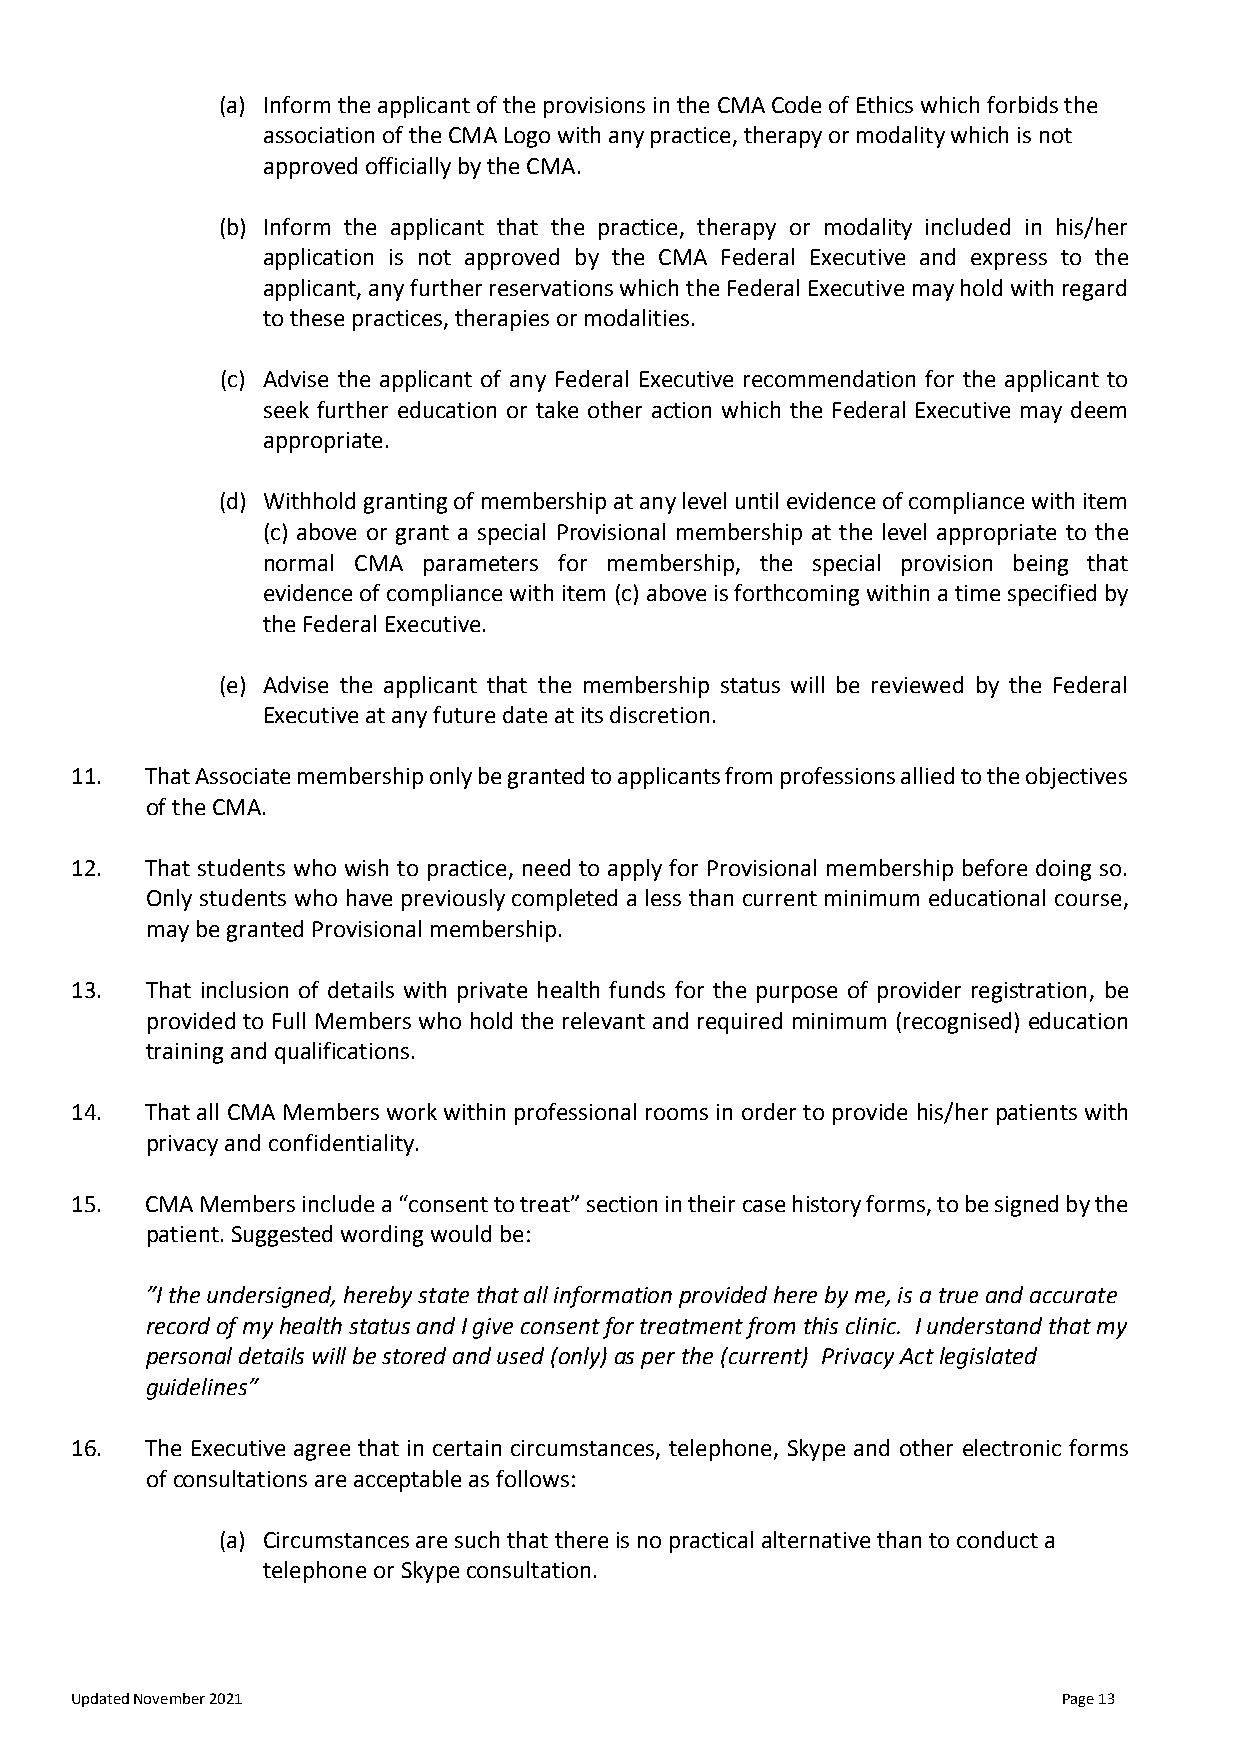
(a) Inform the applicant of the provisions in the CMA Code of Ethics which forbids the
 association of the CMA Logo with any practice, therapy or modality which is not
 approved officially by the CMA.
 (b) Inform the applicant that the practice, therapy or modality included in his/her
 application is not approved by the CMA Federal Executive and express to the
 applicant, any further reservations which the Federal Executive may hold with regard
 to these practices, therapies or modalities.
 (c) Advise the applicant of any Federal Executive recommendation for the applicant to
 seek further education or take other action which the Federal Executive may deem
 appropriate.
 (d) Withhold granting of membership at any level until evidence of compliance with item
 (c) above or grant a special Provisional membership at the level appropriate to the
 normal CMA parameters for membership, the special provision being that
 evidence of compliance with item (c) above is forthcoming within a time specified by
 the Federal Executive.
 (e) Advise the applicant that the membership status will be reviewed by the Federal
 Executive at any future date at its discretion.
 11.  That Associate membership only be granted to applicants from professions allied to the objectives
 of the CMA.
 12.  That students who wish to practice, need to apply for Provisional membership before doing so.
 Only students who have previously completed a less than current minimum educational course,
 may be granted Provisional membership.
 13.  That inclusion of details with private health funds for the purpose of provider registration, be
 provided to Full Members who hold the relevant and required minimum (recognised) education
 training and qualifications.
 14.  That all CMA Members work within professional rooms in order to provide his/her patients with
 privacy and confidentiality.
 15.  CMA Members include a “consent to treat” section in their case history forms, to be signed by the
 patient. Suggested wording would be:
 ”I the undersigned, hereby state that all information provided here by me, is a true and accurate
 record of my health status and I give consent for treatment from this clinic. I understand that my
 personal details will be stored and used (only) as per the (current) Privacy Act legislated
 guidelines”
 16.  The Executive agree that in certain circumstances, telephone, Skype and other electronic forms
 of consultations are acceptable as follows:
 (a) Circumstances are such that there is no practical alternative than to conduct a
 telephone or Skype consultation.
 Updated November 2021                                            Page 13